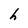
Character: h